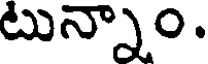
టున్నాం.